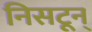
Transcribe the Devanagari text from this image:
निसटून्